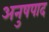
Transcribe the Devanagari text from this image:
अनुषपाद